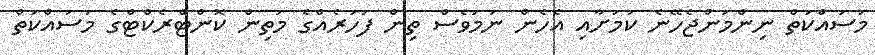
މަސައްކަތް ނިންމަންޖެހޭނެ ކަމަށާއި އެހެން ނަމަވެސް ތިން ފަހަރެއްގެ މަތިން ކޮންޓްރެކްޓްގެ މަސައްކަތް